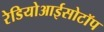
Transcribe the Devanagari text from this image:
रेडियोआईसोटॉप